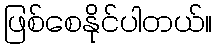
ဖြစ်စေနိုင်ပါတယ်။